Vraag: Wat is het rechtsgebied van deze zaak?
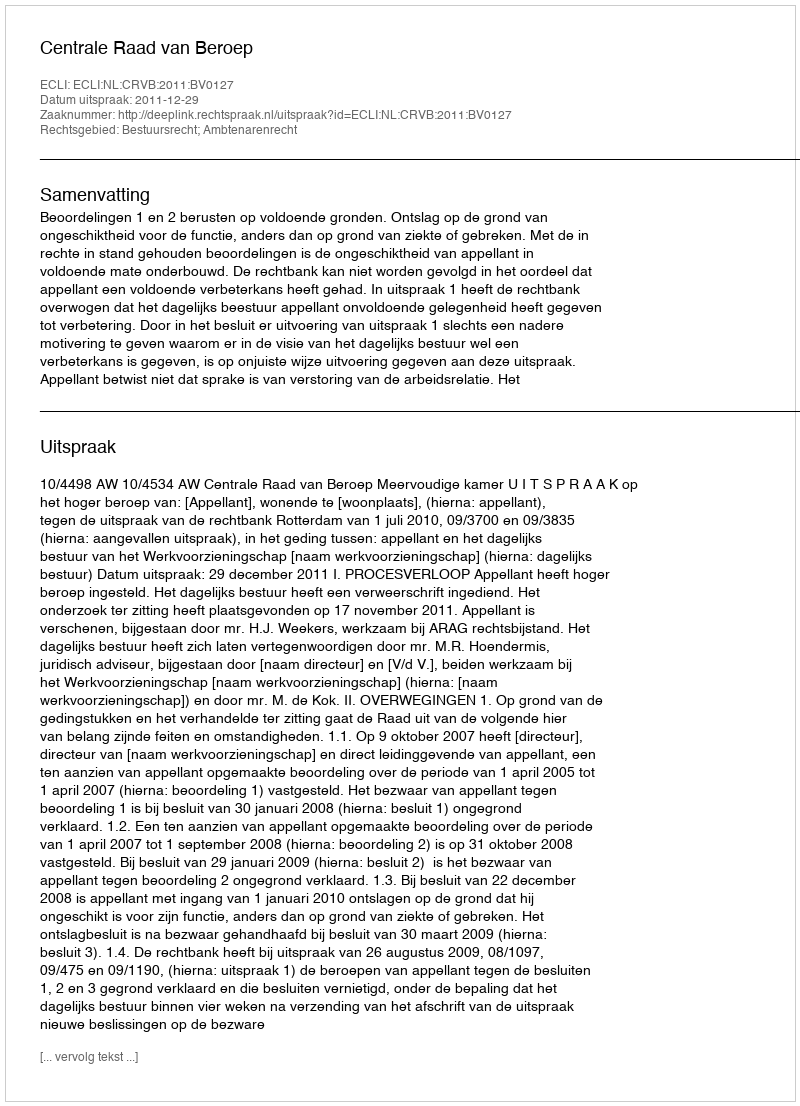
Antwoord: Bestuursrecht; Ambtenarenrecht